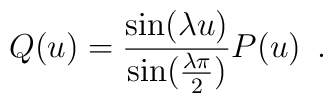
Q(u)=\frac{\sin (\lambda u)}{\sin (\frac{\lambda \pi }{2})}P(u)\, \, \, .